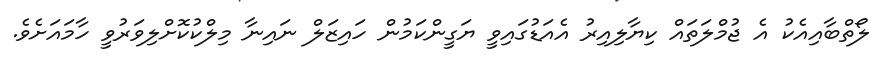
ލޯތްބާއިއެކު އެ ޖުމްލަތައް ކިޔާލިއިރު އެއަޑުގައިވީ ޔަގީންކަމުން ހައިޒަލް ނައިނާ މިލްކުކޮށްލިވަރުވީ ހާމައަށެވެ.